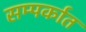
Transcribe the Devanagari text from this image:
सम्पर्कात